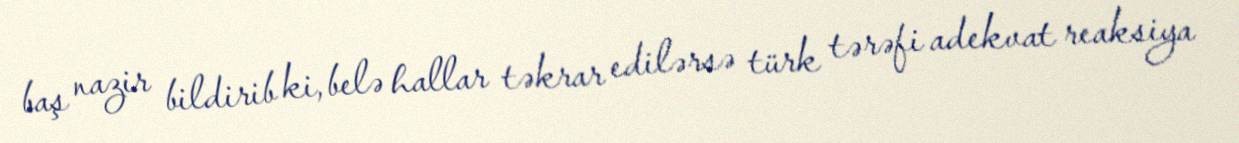
baş nazir bildirib ki, belə hallar təkrar edilərsə türk tərəfi adekvat reaksiya